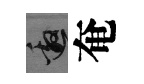
邀奄